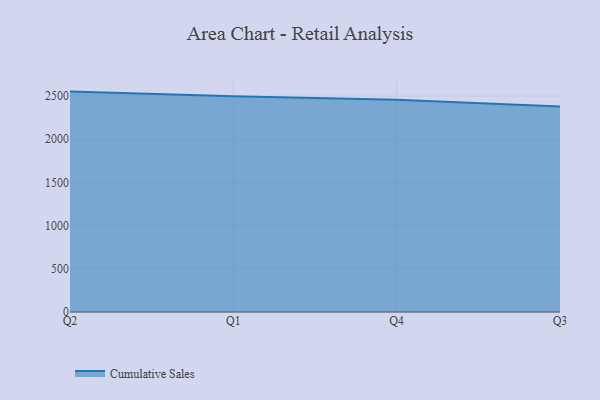
{"axis": {"x": "Quarter", "y": "Population (Million)"}, "legend": ["Cumulative Sales"], "data": [{"x": "Q2", "y": 2551.8, "type": "Cumulative Sales"}, {"x": "Q1", "y": 2496.6, "type": "Cumulative Sales"}, {"x": "Q4", "y": 2457.0, "type": "Cumulative Sales"}, {"x": "Q3", "y": 2380.7, "type": "Cumulative Sales"}]}